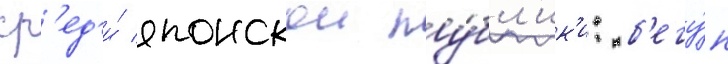
ср'ед'и́ японскои пу́бл'ик'и: б'егу́н